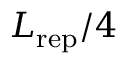
L _ { \mathrm { r e p } } / 4